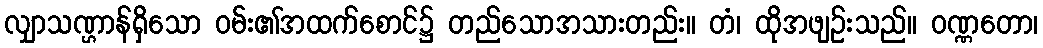
လျှာသဏ္ဌာန်ရှိသော ဝမ်း၏အထက်စောင်၌ တည်သောအသားတည်း။ တံ၊ ထိုအဖျဉ်းသည်။ ဝဏ္ဏတော၊